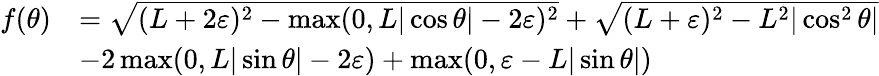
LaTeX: \begin{array}{rl}{f(\theta)}&{=\sqrt{(L+2\varepsilon)^{2}-\operatorname*{max}(0,L|\cos\theta|-2\varepsilon)^{2}}+\sqrt{(L+\varepsilon)^{2}-L^{2}|\cos^{2}\theta|}}\\ &{-2\operatorname*{max}(0,L|\sin\theta|-2\varepsilon)+\operatorname*{max}(0,\varepsilon-L|\sin\theta|)}\end{array}